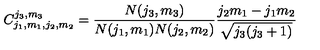
C _ { j _ { 1 } , m _ { 1 } , j _ { 2 } , m _ { 2 } } ^ { j _ { 3 } , m _ { 3 } } = \frac { N ( j _ { 3 } , m _ { 3 } ) } { N ( j _ { 1 } , m _ { 1 } ) N ( j _ { 2 } , m _ { 2 } ) } \frac { j _ { 2 } m _ { 1 } - j _ { 1 } m _ { 2 } } { \sqrt { j _ { 3 } ( j _ { 3 } + 1 ) } }